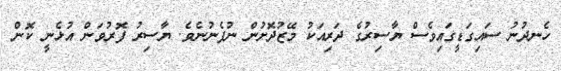
ހެނދުނު ސައިގަޑީގައިވެސް ޔާސިރުގެ ދަރިއަކު މޭޒުދޮށުން ނުފެނުނެވެ. ޔާސިރު ފޮރުވަން އުޅެނީ ކޮން